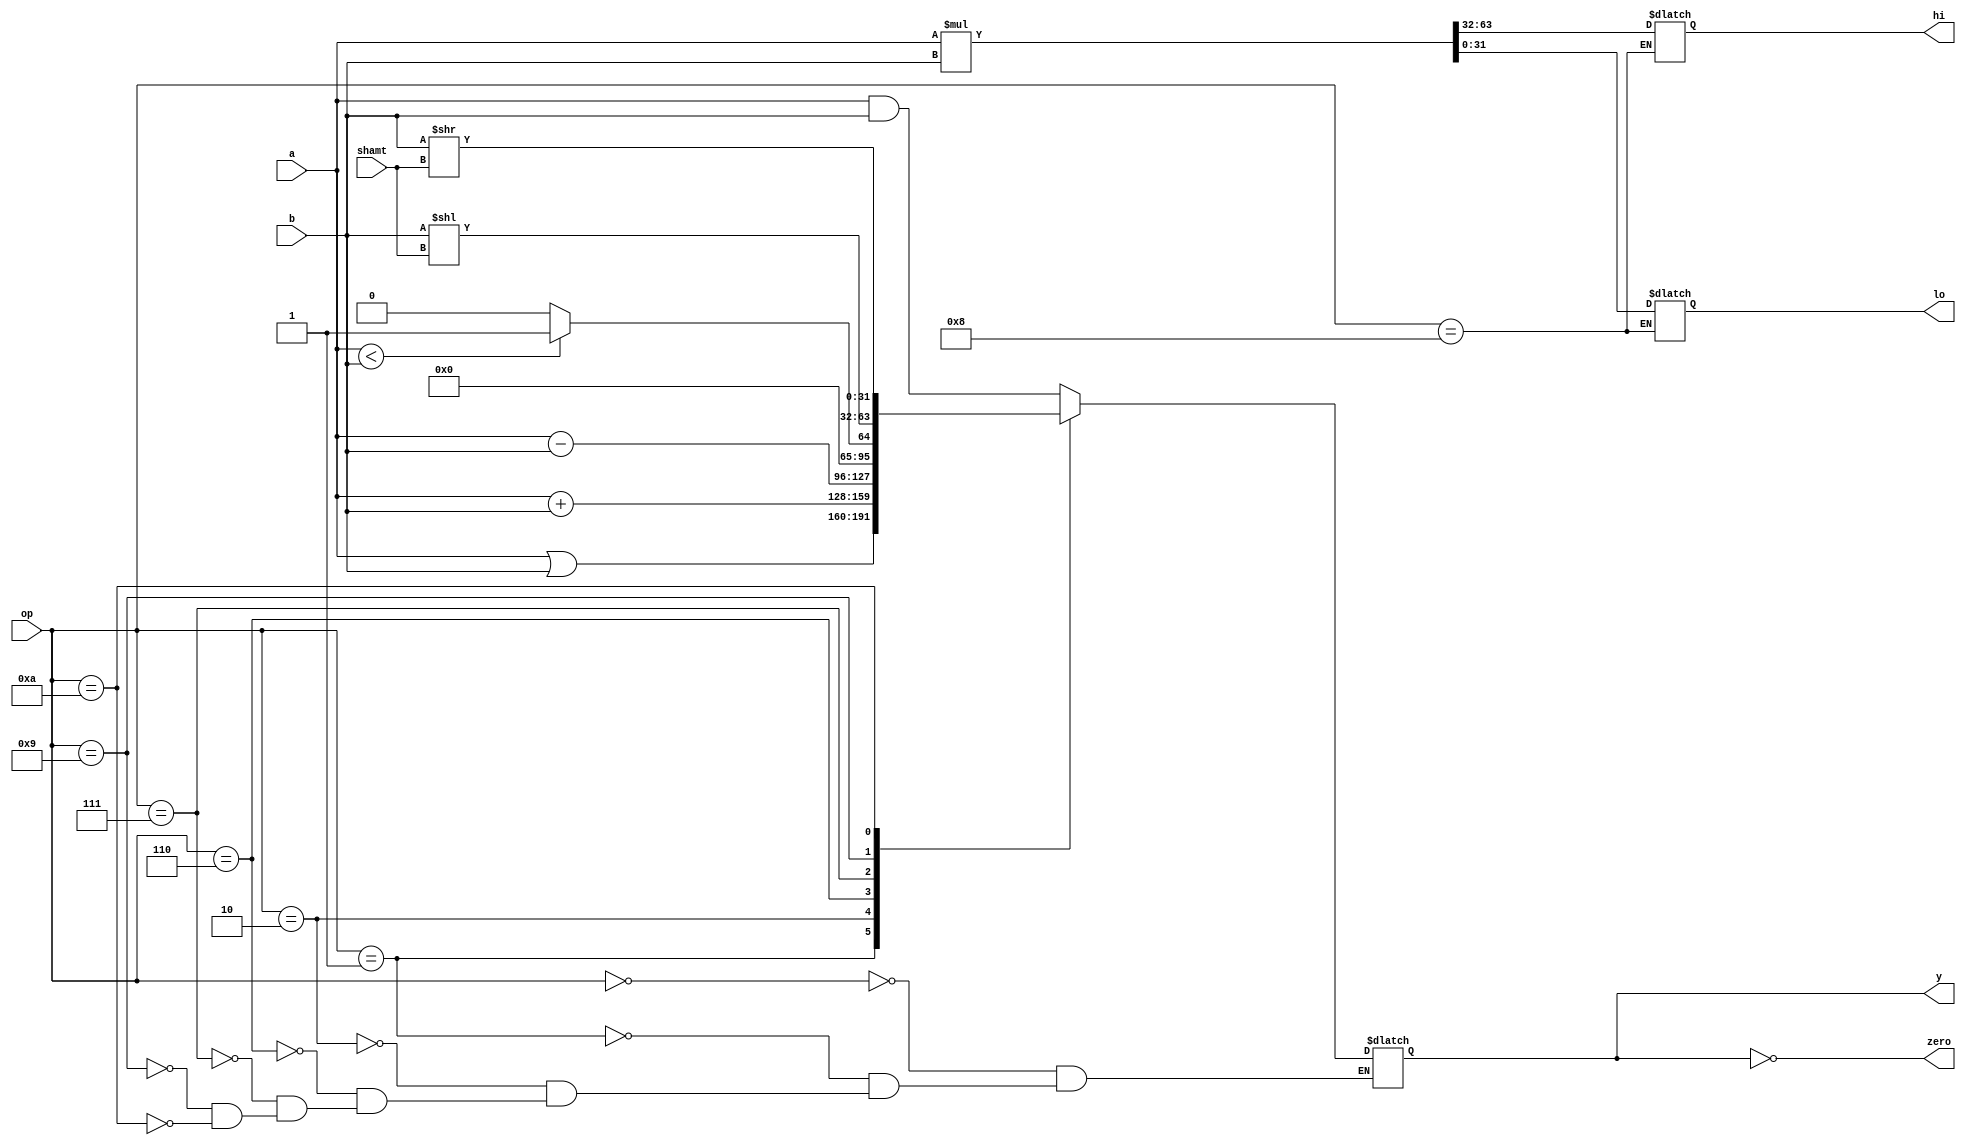
module alu (
        input  wire [3:0]  op,
        input  wire [31:0] a,
        input  wire [31:0] b,
        input  wire [4:0] shamt,
        output wire        zero,
        output reg  [31:0] y, hi, lo
    );

    assign zero = (y == 0);

    always @ (op, a, b) begin
        case (op)
            4'b0000: y <= a & b;
            4'b0001: y <= a | b;
            4'b0010: y <= a + b;
            4'b0110: y <= a - b;
            4'b0111: y <= (a < b) ? 1 : 0;
            4'b1000: {hi,lo} <= a * b;
            4'b1001: y <= b << shamt;
            4'b1010: y <= b >> shamt;
        endcase
    end

endmodule